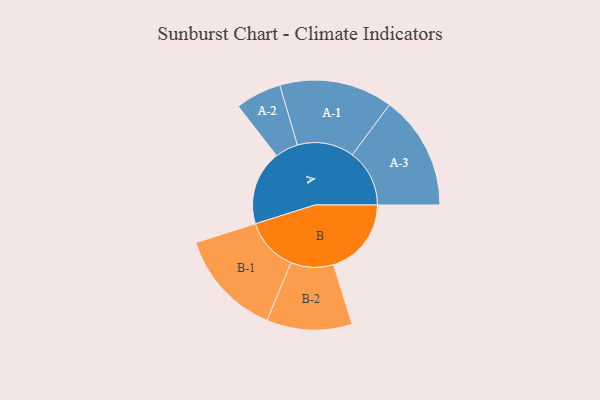
{"axis": {"x": "Segment", "y": "Value"}, "legend": ["", "A", "B"], "data": [{"x": "A", "y": 382, "type": ""}, {"x": "B", "y": 399, "type": ""}, {"x": "A-1", "y": 291, "type": "A"}, {"x": "A-2", "y": 118, "type": "A"}, {"x": "A-3", "y": 293, "type": "A"}, {"x": "B-1", "y": 274, "type": "B"}, {"x": "B-2", "y": 219, "type": "B"}]}